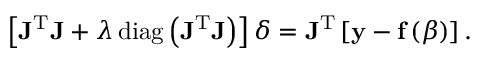
\left[ \mathbf { J } ^ { \mathrm { T } } \mathbf { J } + \lambda \operatorname { d i a g } \left( \mathbf { J } ^ { \mathrm { T } } \mathbf { J } \right) \right] { \boldsymbol { \delta } } = \mathbf { J } ^ { \mathrm { T } } \left[ \mathbf { y } - \mathbf { f } \left( { \boldsymbol { \beta } } \right) \right] .